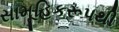
સામૂહિકરૂપથી